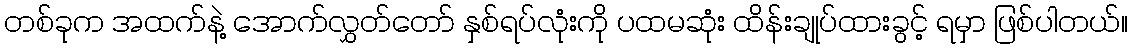
တစ်ခုက အထက်နဲ့ အောက်လွှတ်တော် နှစ်ရပ်လုံးကို ပထမဆုံး ထိန်းချုပ်ထားခွင့် ရမှာ ဖြစ်ပါတယ်။